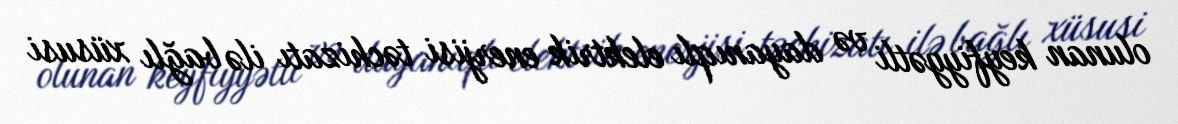
olunan keyfiyyətli və dayanıqlı elektrik enerjisi təchizatı ilə bağlı xüsusi